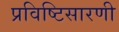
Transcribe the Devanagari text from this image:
प्रविष्टिसारणी